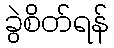
ခွဲစိတ်ရန်